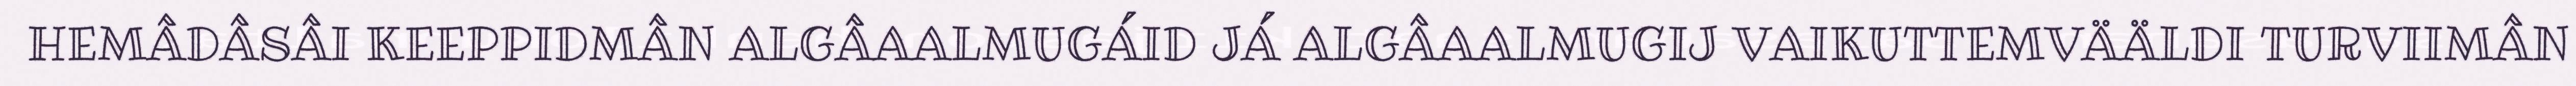
HEMÂDÂSÂI KEEPPIDMÂN ALGÂAALMUGÁID JÁ ALGÂAALMUGIJ VAIKUTTEMVÄÄLDI TURVIIMÂN